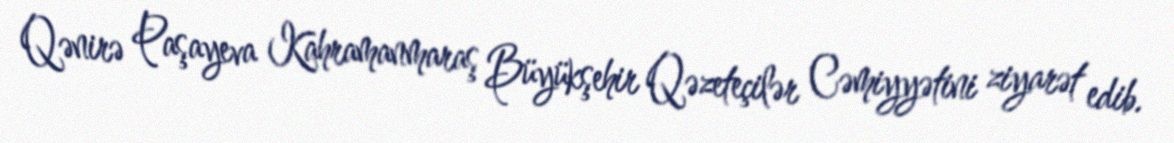
Qənirə Paşayeva Kahramanmaraş Büyükşehir Qəzeteçilər Cəmiyyətini ziyarət edib.